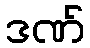
ဒဏ်